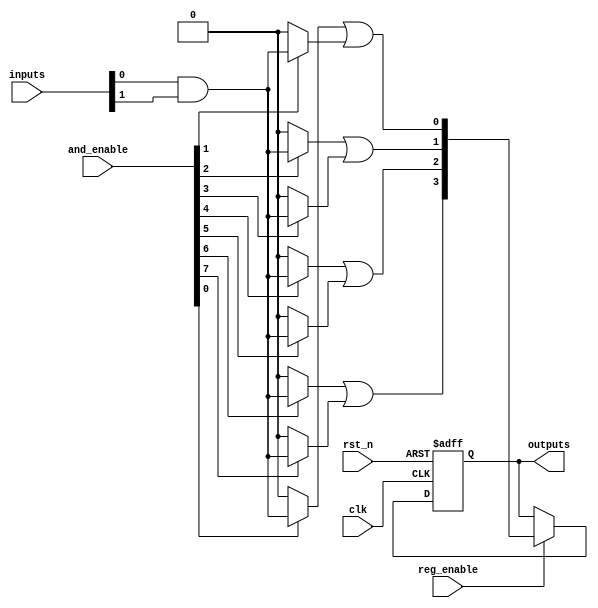
module RPAL #(
    parameter NUM_INPUTS = 8,      // Number of input signals
    parameter NUM_AND_GATES = 16,   // Number of programmable AND gates
    parameter NUM_OR_GATES = 4       // Number of fixed OR gates
)(
    input wire [NUM_INPUTS-1:0] inputs,          // Input signals
    input wire [NUM_AND_GATES-1:0] and_enable,   // Control signals for AND gates
    input wire clk,                               // Clock signal
    input wire rst_n,                             // Active low reset
    input wire reg_enable,                        // Control signal to enable registers
    output reg [NUM_OR_GATES-1:0] outputs        // Registered outputs
);

    // Internal signals for AND gate outputs
    wire [NUM_AND_GATES-1:0] and_outputs;

    // Programmable AND array
    genvar i, j;
    generate
        for (i = 0; i < NUM_AND_GATES; i = i + 1) begin : and_array
            assign and_outputs[i] = and_enable[i] ? (inputs[0] & inputs[1]) : 1'b0; // Example: Fixed inputs for demonstration
            // You can modify the logic here to allow for more complex programmable connections
        end
    endgenerate

    // Fixed OR array
    wire [NUM_OR_GATES-1:0] or_outputs;
    assign or_outputs[0] = and_outputs[0] | and_outputs[1]; // Example OR logic
    assign or_outputs[1] = and_outputs[2] | and_outputs[3];
    assign or_outputs[2] = and_outputs[4] | and_outputs[5];
    assign or_outputs[3] = and_outputs[6] | and_outputs[7];

    // Registered outputs
    always @(posedge clk or negedge rst_n) begin
        if (!rst_n) begin
            outputs <= 0; // Reset outputs
        end else if (reg_enable) begin
            outputs <= or_outputs; // Capture OR outputs
        end
    end

endmodule